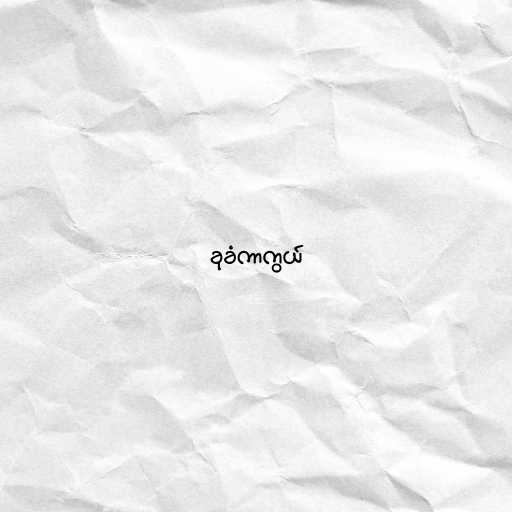
ခုခံကာကွယ်